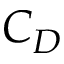
C _ { D }